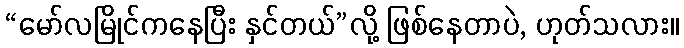
“မော်လမြိုင်ကနေပြီး နှင်တယ်”လို့ ဖြစ်နေတာပဲ, ဟုတ်သလား။